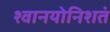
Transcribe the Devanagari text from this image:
श्वानयोनिशतं